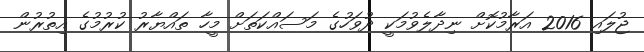
ޖުލައި 2016 އަރާމުކޮށް ނިދާލެވުމަކީ ދުވަހުގެ މަސައްކަތަށް މީހާ ތައްޔާރު ކުރުމުގެ އިތުރުން